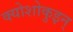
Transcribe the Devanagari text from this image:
क्योशोकुइन्